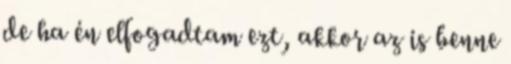
de ha én elfogadtam ezt, akkor az is benne